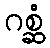
ဂစ္ဆံ